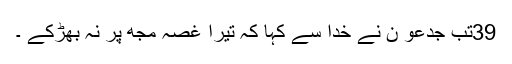
39تب جِدعو ن نے خُدا سے کہا کہ تیرا غُصّہ مُجھ پر نہ بھڑکے ۔